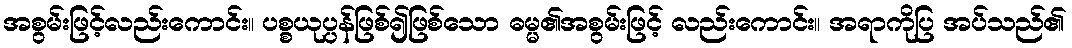
အစွမ်းဖြင့်လည်းကောင်း။ ပစ္စယုပ္ပန်ဖြစ်၍ဖြစ်သော ဓမ္မ၏အစွမ်းဖြင့် လည်းကောင်း။ အရာကိုပြ အပ်သည်၏